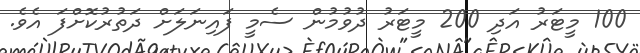
100 މީޓަރު އަދި 200 މީޓަރު ދުވުމުން ސެމީ ފައިނަލަށް ދަތުރުކޮށްފަ އެވެ.